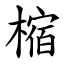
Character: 樎